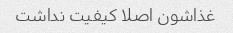
غذاشون اصلا کیفیت نداشت